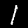
Digit: 1